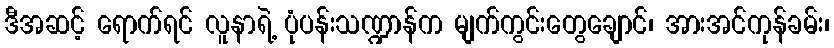
ဒီအဆင့် ရောက်ရင် လူနာရဲ့ ပုံပန်းသဏ္ဍာန်က မျက်ကွင်းတွေချောင်၊ အားအင်ကုန်ခမ်း၊